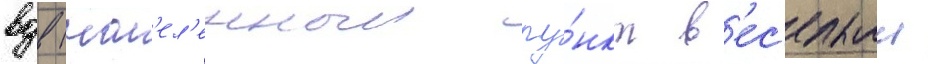
вдв (нас'ел'енныи пу́нкт в'ес'елыи